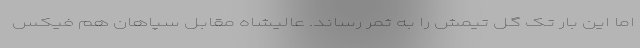
اما این بار تک گل تیمش را به ثمر رساند. عالیشاه مقابل سپاهان هم فیکس